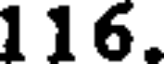
116.